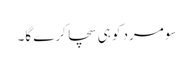
سو مرد کو ہی سچا کرے گا۔